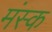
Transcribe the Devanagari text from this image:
मंस्क